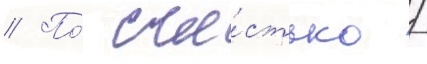
// По́ сча́стью /